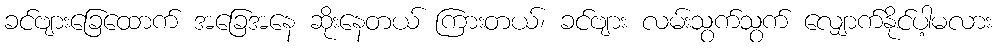
ခင်ဗျားခြေထောက် အခြေအနေ ဆိုးနေတယ် ကြားတယ်၊ ခင်ဗျား လမ်းသွက်သွက် လျှောက်နိုင်ပါ့မလား